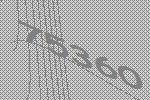
75360